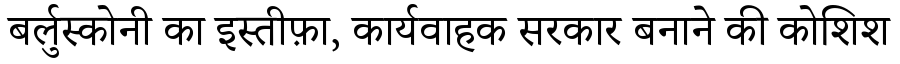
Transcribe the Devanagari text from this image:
बर्लुस्कोनी का इस्तीफ़ा, कार्यवाहक सरकार बनाने की कोशिश